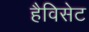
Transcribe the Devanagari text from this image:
हैविसेट